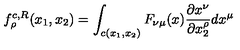
f _ { \rho } ^ { c , R } ( x _ { 1 } , x _ { 2 } ) = \int _ { c ( x _ { 1 } , x _ { 2 } ) } F _ { \nu \mu } ( x ) \frac { \partial x ^ { \nu } } { \partial x _ { 2 } ^ { \rho } } d x ^ { \mu }